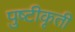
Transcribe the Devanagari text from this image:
पुष्टीकृती